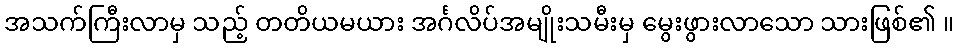
အသက်ကြီးလာမှ သည့် တတိယမယား အင်္ဂလိပ်အမျိုးသမီးမှ မွေးဖွားလာသော သားဖြစ်၏ ။